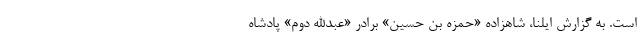
است. به گزارش ایلنا، شاهزاده «حمزه بن حسین» برادر «عبدالله دوم» پادشاه